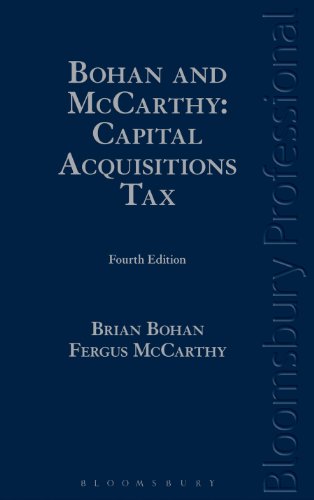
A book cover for Bohan and McCarthy: Capital Acquisitions Tax: A Guide to Irish Law; Brian Bohan; Law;